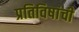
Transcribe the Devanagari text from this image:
प्रतिविषांची